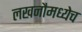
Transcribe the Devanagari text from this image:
लखनौमध्येच